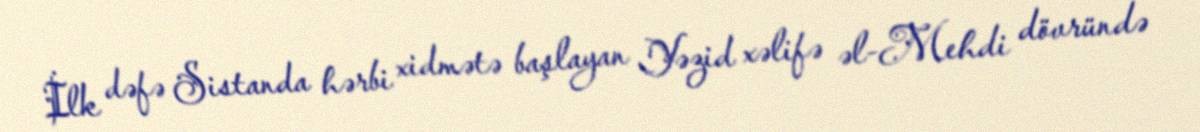
İlk dəfə Sistanda hərbi xidmətə başlayan Yəzid xəlifə əl-Mehdi dövründə